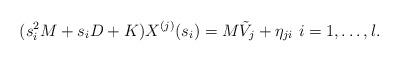
LaTeX: \begin{align*}(s_{i}^{2}M+s_{i}D+K) X^{(j)}(s_{i})= M\tilde{V}_{j}+\eta_{ji} \ i = 1,\ldots,l.\end{align*}